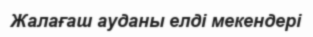
Жалағаш ауданы елді мекендері